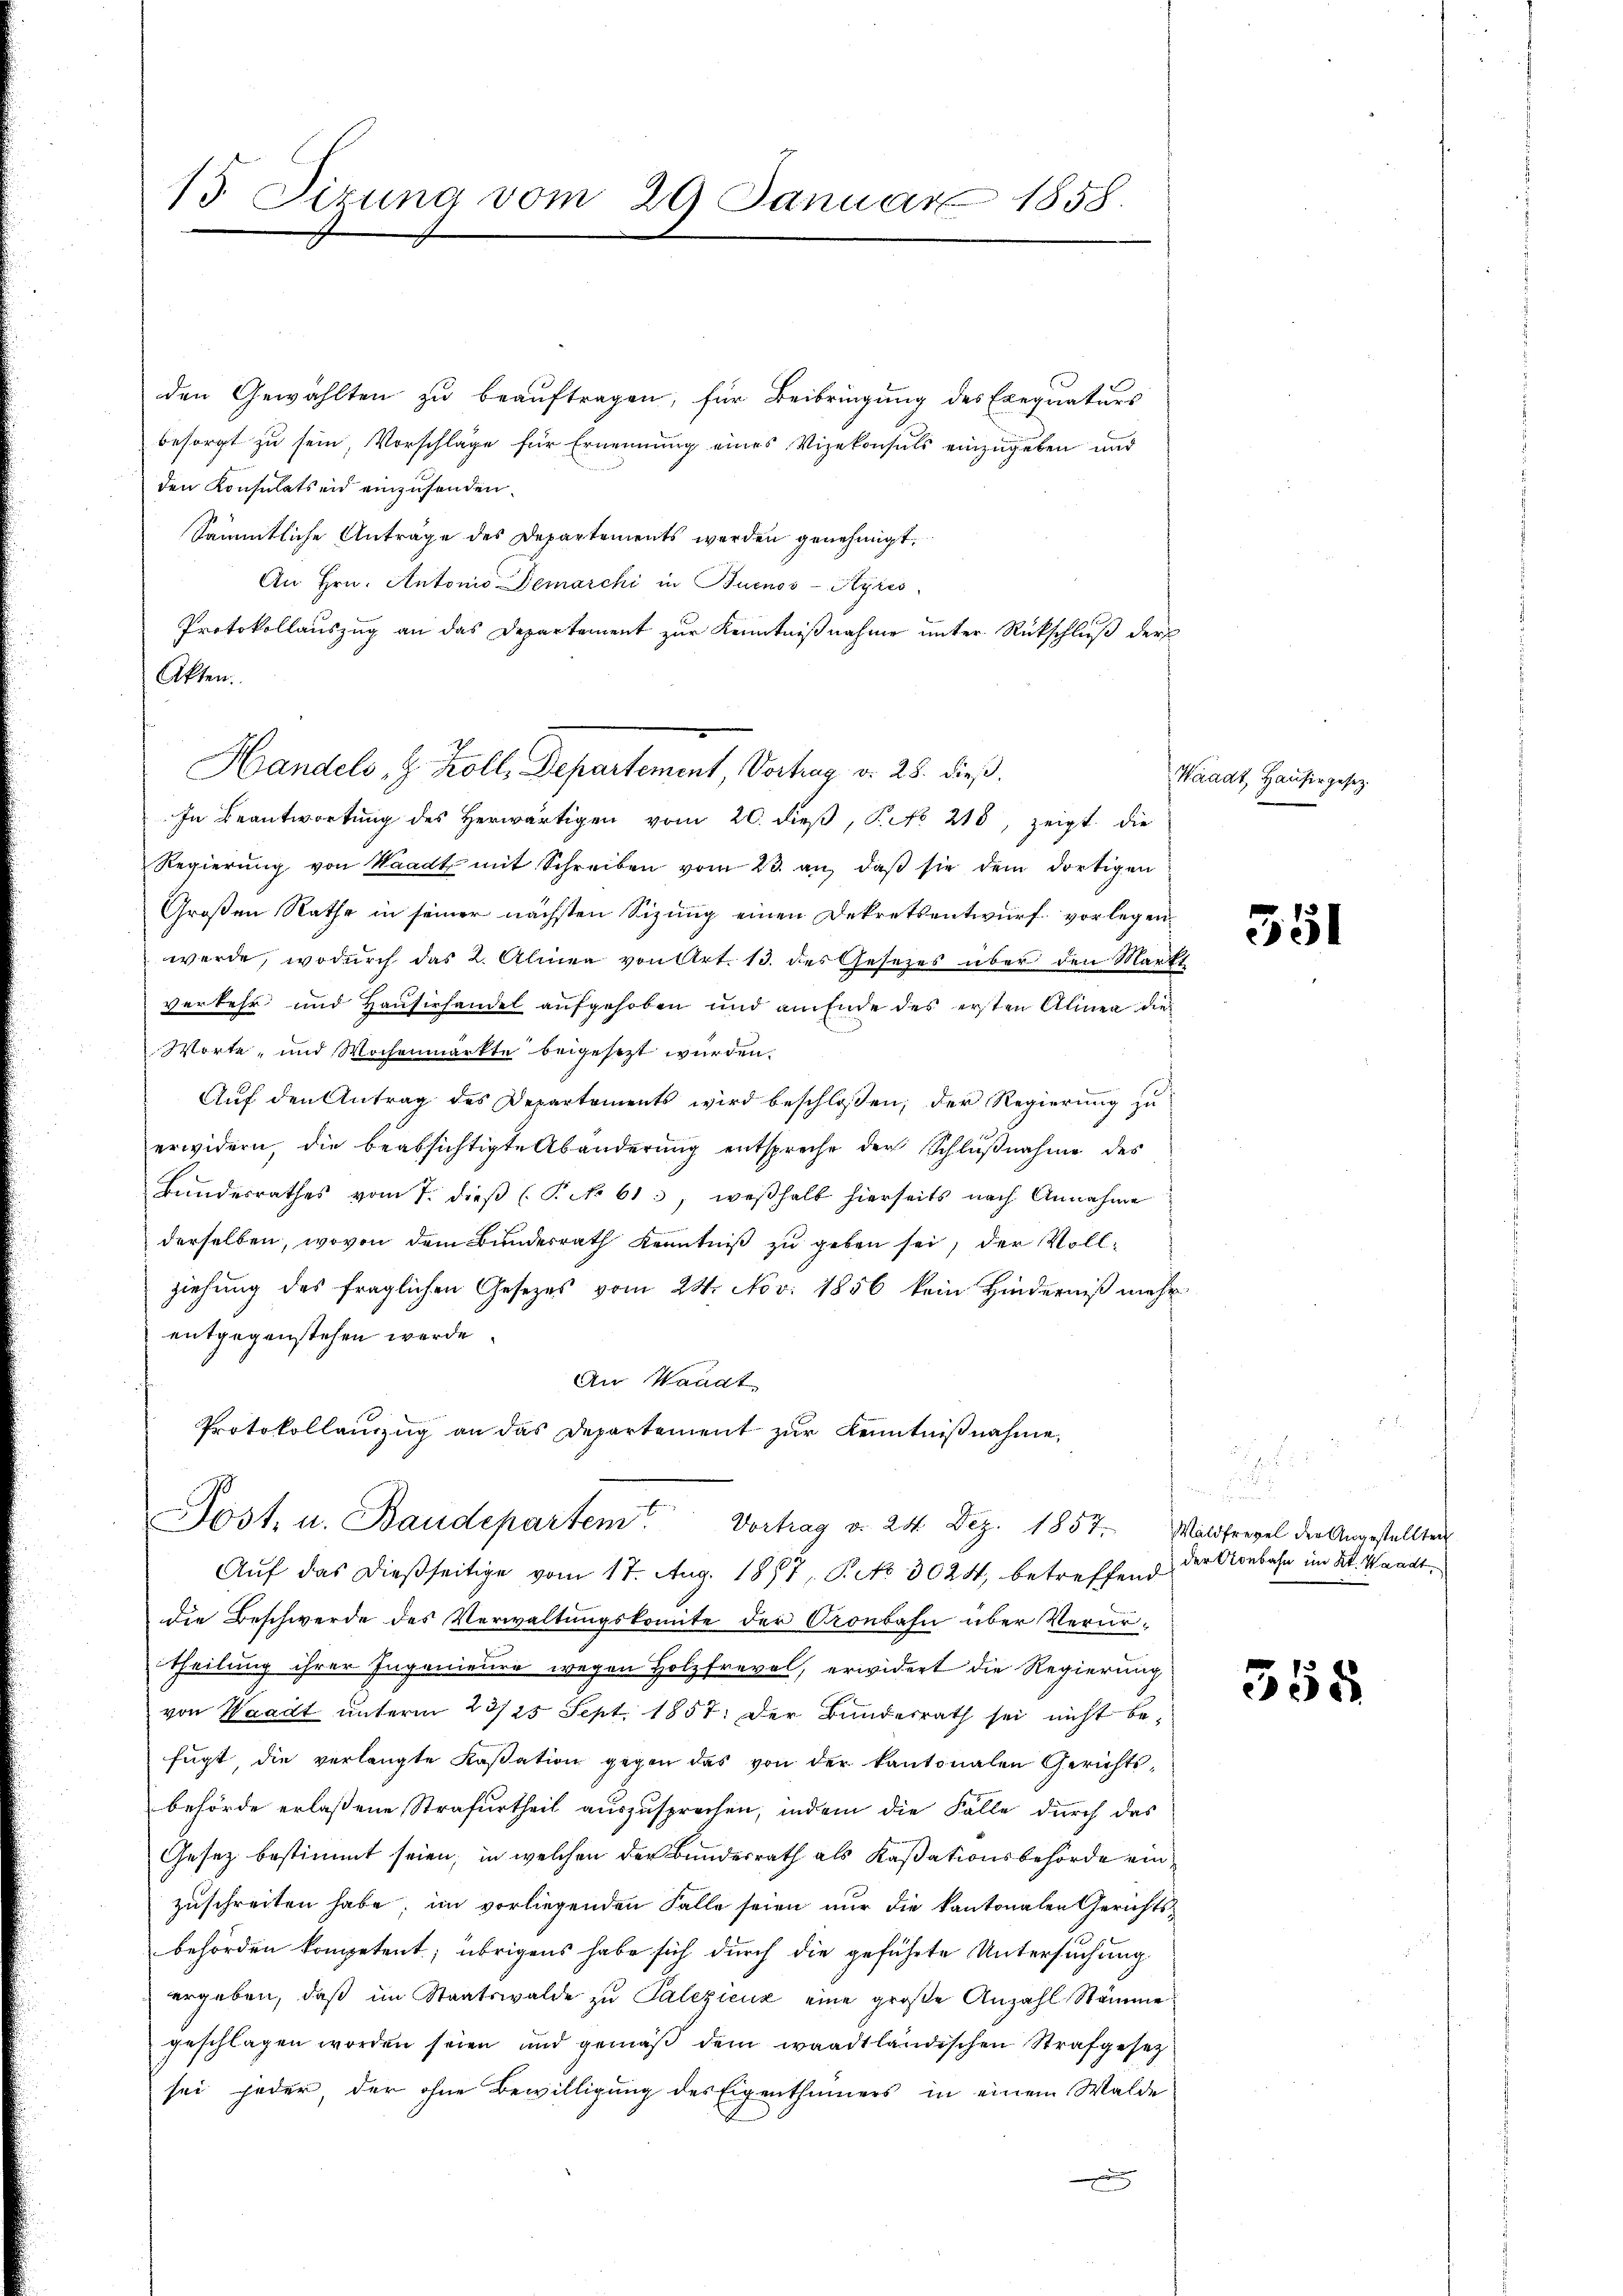
15. Dirung vom 29 Januar 1858.

den Gewählten zu beauftragen, für Beibringung des Exequaturs
besorgt zu sein, Vorschläge für Ernennung eines Vizekonsuls einzugeben und
den Konsulatseid einzusenden.
Sämmtliche Anträge des Departements werden genehmigt.
An Hrn. Antonio-Demarchi in Buenos-Ayres,
Protokollauszug an das Departement zur Kenntnißnahme unter Rückschluß der
Akten.
Handels, z. Koll. Departement, Verhag. v. 28. dieß.
In Beantwortung des Herwärtigen vom 20. dieß, P. No 218, zeigt die
Regierŭng von Waadt mit Schreiben vom 23. an, daβ sie dem dortigen
Großen Rathe in seiner nächsten Sizung einen Dekretsentwurf vorlegenwerde, wodurch das 2. Alinea von Art. 13. des Gesezes über den Markt
verkehr und Hausirhandel aufgehoben und am Ende des ersten Alinea die
Worte - und Wochenmarkte beigesezt wurden.
Aŭf den Antrag des Departements wird beschloßen, der Regierŭng zu
erwidern, die beabsichtigte Abänderung entspreche der Schlŭβnahme des
Bundesrathes vom 7. dieβ (P. No 61, weshalb hierseits nach Annahme
derselben, wovon dem Bunderrath Kenntniß zu geben sei, der Vollziehung des fraglichen Gesezes vom 24. Nov. 1856 kein Hinderniß mehr
entgegenstehen werde.
An Waadt
Protokollauszug an das Departement zur Kenntnißnahme,
Post, u. Baudepartem Vortrag d. 24. Dez. 1857.
Auf das dießseitige vom 17. Aug. 1877, P. No 3024, betreffend
die Beschwerde des Verwaltungskomite der Cronbahn über Veruritheilung ihrer Ingenieure wegen Holzfrevel, erwidert die Regierung
von Waadt unterm 23/25 Sept. 1857 der Bunderrath sei nicht be-
fügt die verlangte Kassation gegen das von der kantonalen Gerichts-
behörde erlaßene Strafurtheil auszusprochen, indem die Fälle durch das
Gesetz bestimmt seien; in welchen der Bundesrath als Kassationsbehörde einzuschreiten habe, im vorliegenden Falle seien nur die kantonalen Gerichtsbehörden kompetent; übrigens habe sich durch die geführte Untersuchung
ergeben, daß im Staatswalde zu Palezienz eine große Anzahl Stämme
geschlagen worden seien und gemäß dem waadtländischen Strafgesetz
sei jeder der ohne Bewilligung des Eigenthümers in einem Walde

Waadt, Hauser gesez

351

2
Waldfrevel der Angestellten
der Seebahn im Kt. Waadt,

358